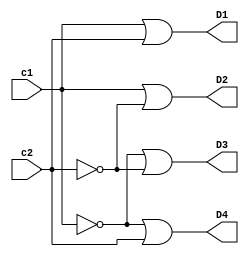
module demuxdisplay(c1, c2, D1, D2, D3, D4);
	input c1, c2;
	output D1, D2, D3, D4;
	
	// [0]
	or(D1, c1, c2);
	
	// [1]
	or(D2, c1, !c2);
	
	// [2]
	or(D3, !c1, !c2);

	// [3]
	or(D4, !c1, c2);


endmodule